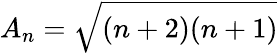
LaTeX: A_{n}=\sqrt{(n+2)(n+1)}